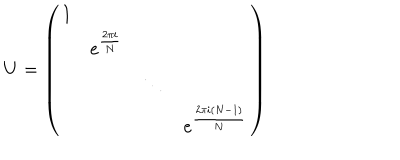
U = \left( \begin{matrix} { { 1 } } & { { } } & { { } } & { { } } \\ { { } } & { { e ^ { \frac { 2 \pi i } { N } } } } & { { } } & { { } } \\ { { } } & { { } } & { { \ddots } } & { { } } \\ { { } } & { { } } & { { } } & { { e ^ { \frac { 2 \pi i ( N - 1 ) } { N } } } } \\ \end{matrix} \right)